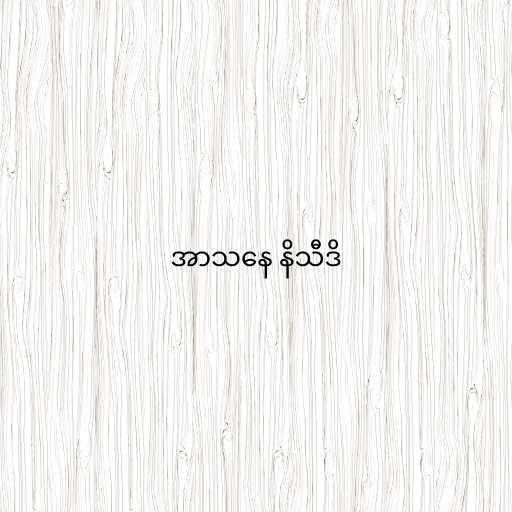
အာသနေ နိသီဒိ